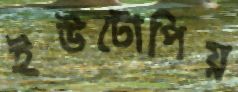
ইউটোপিয়